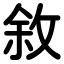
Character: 敘